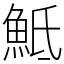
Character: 𩶅